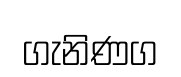
ගැනිණග